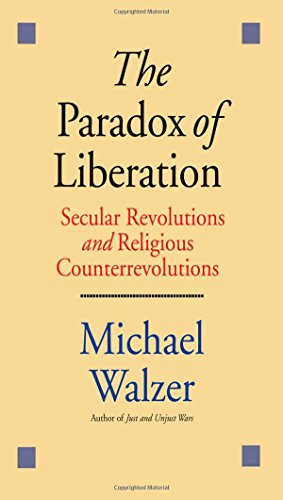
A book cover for The Paradox of Liberation: Secular Revolutions and Religious Counterrevolutions; Michael Walzer; Law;